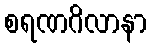
စရဏဂိလာနာ